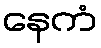
နေကံ